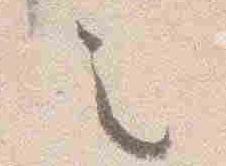
之